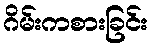
ဂိမ်းကစားခြင်း